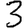
Digit: 3